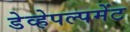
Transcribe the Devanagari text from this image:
डेव्हेपल्पमेंट